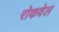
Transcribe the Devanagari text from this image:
रोकवेल